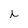
Character: i